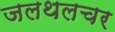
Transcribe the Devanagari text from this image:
जलथलचर